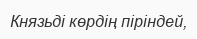
Князьді көрдің піріндей,